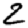
Digit: 2